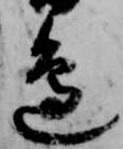
辺